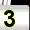
Digit: 3